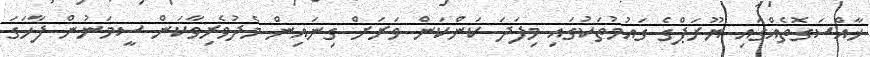
ޚާއްސަގޮތެއްގައި ޔޫރަޕްގެ ގައުމުތަކުގައި މިފަދަ ކަންކަން ވަރަށް ގިނައިން މެދުވެރިވާކަން ސީމަނުން ފާހަގަ